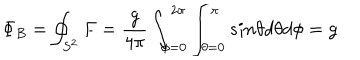
LaTeX: \Phi _ { B } = \oint _ { S ^ { 2 } } F = \frac { g } { 4 \pi } \int _ { \phi = 0 } ^ { 2 \pi } \int _ { \theta = 0 } ^ { \pi } s i n \theta d \theta d \phi = g